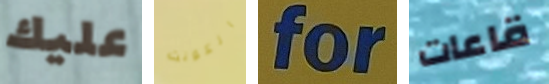
عليك الكونت for قاعات